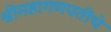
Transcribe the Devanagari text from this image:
श्रीमहागणपतीचे